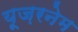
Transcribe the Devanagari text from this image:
यूज़रनेम